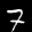
Label: 7